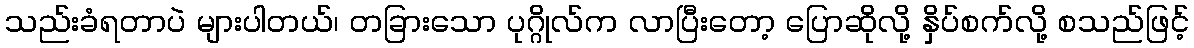
သည်းခံရတာပဲ များပါတယ်၊ တခြားသော ပုဂ္ဂိုလ်က လာပြီးတော့ ပြောဆိုလို့ နှိပ်စက်လို့ စသည်ဖြင့်